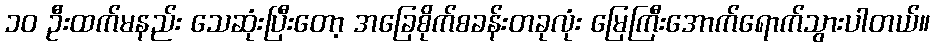
၁၀ ဦးထက်မနည်း သေဆုံးပြီးတော့ အခြေစိုက်စခန်းတခုလုံး မြေကြီးအောက်ရောက်သွားပါတယ်။